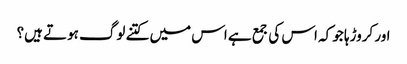
اور کروڑہا جو کہ اس کی جمع ہے اس میں کتنے لوگ ہوتے ہیں؟